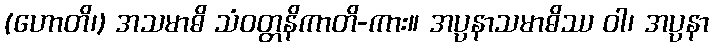
(ဟောတိ၊) အသမာဓိ သံဝတ္တနိကာတိ-ကား။ အပ္ပနာသမာဓိဿ ဝါ၊ အပ္ပနာ